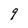
Character: 9